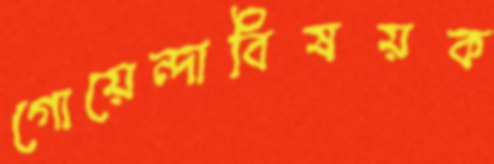
গোয়েন্দাবিষয়ক